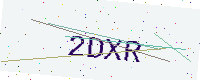
Text: 2DXR